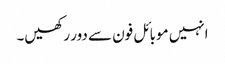
انہیں موبائل فون سے دور رکھیں۔